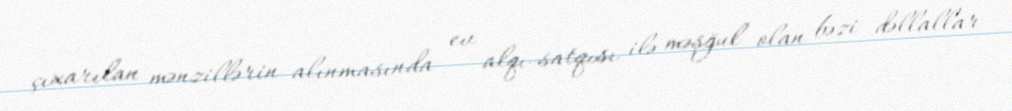
çıxarılan mənzillərin alınmasında ev alqı-satqısı ilə məşğul olan bəzi dəllallar